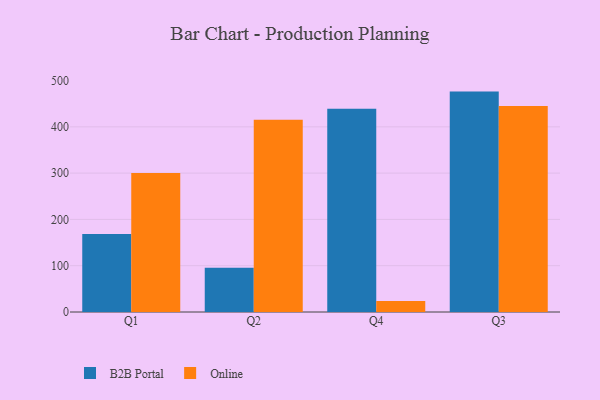
{"axis": {"x": "Quarter", "y": "Gross Profit (USD K)"}, "legend": ["B2B Portal", "Online"], "data": [{"x": "Q1", "y": 168.3, "type": "B2B Portal"}, {"x": "Q1", "y": 300.1, "type": "Online"}, {"x": "Q2", "y": 95.7, "type": "B2B Portal"}, {"x": "Q2", "y": 415.3, "type": "Online"}, {"x": "Q4", "y": 439.2, "type": "B2B Portal"}, {"x": "Q4", "y": 23.8, "type": "Online"}, {"x": "Q3", "y": 476.1, "type": "B2B Portal"}, {"x": "Q3", "y": 445.2, "type": "Online"}]}